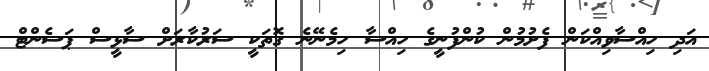
އަދި ހިއްސާވިއްކަން ފެށުމުން ކުންފުނީގެ ހިއްސާ ހިމެނޭނެ ގޮތަކީ ސަރުކާރަށް ސާޅީސް ޕަސެންޓް